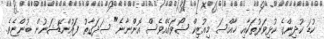
ކުޑަ ކުދިންގެ ކުޅިވަރުތަކާއި ޚާއްސަ މިއުޒިކް ޝޯވައެއްވެސް އޮންނާނެ" ސަދަގާތު ފައުންޑޭޝަނުން ބުންޏެވެ.